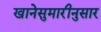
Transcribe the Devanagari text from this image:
खानेसुमारीनुसार